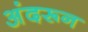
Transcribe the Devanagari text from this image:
अंदरून